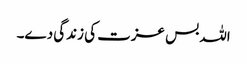
اللہ بس عزت کی زندگی دے۔